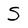
Character: S